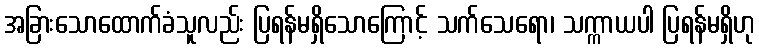
အခြားသောထောက်ခံသူလည်း ပြရန်မရှိသောကြောင့် သက်သေရော၊ သက္ကာယပါ ပြရန်မရှိဟု